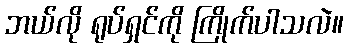
ဘယ်လို ရုပ်ရှင်ကို ကြိုက်ပါသလဲ။